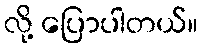
လို့ ပြောပါတယ်။